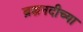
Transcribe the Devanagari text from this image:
ब्रह्मनदीच्या